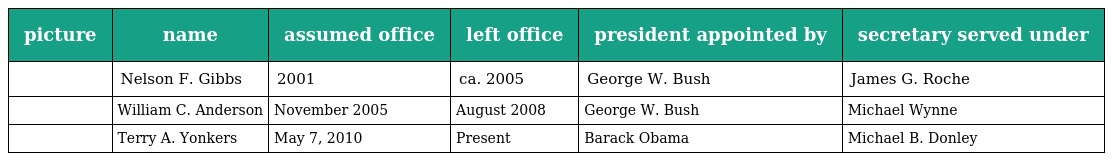
| picture | name | assumed office | left office | president appointed by | secretary served under |
 | --- | --- | --- | --- | --- | --- |
 |  | Nelson F. Gibbs | 2001 | ca. 2005 | George W. Bush | James G. Roche |
 |  | William C. Anderson | November 2005 | August 2008 | George W. Bush | Michael Wynne |
 |  | Terry A. Yonkers | May 7, 2010 | Present | Barack Obama | Michael B. Donley |